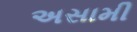
અસામી